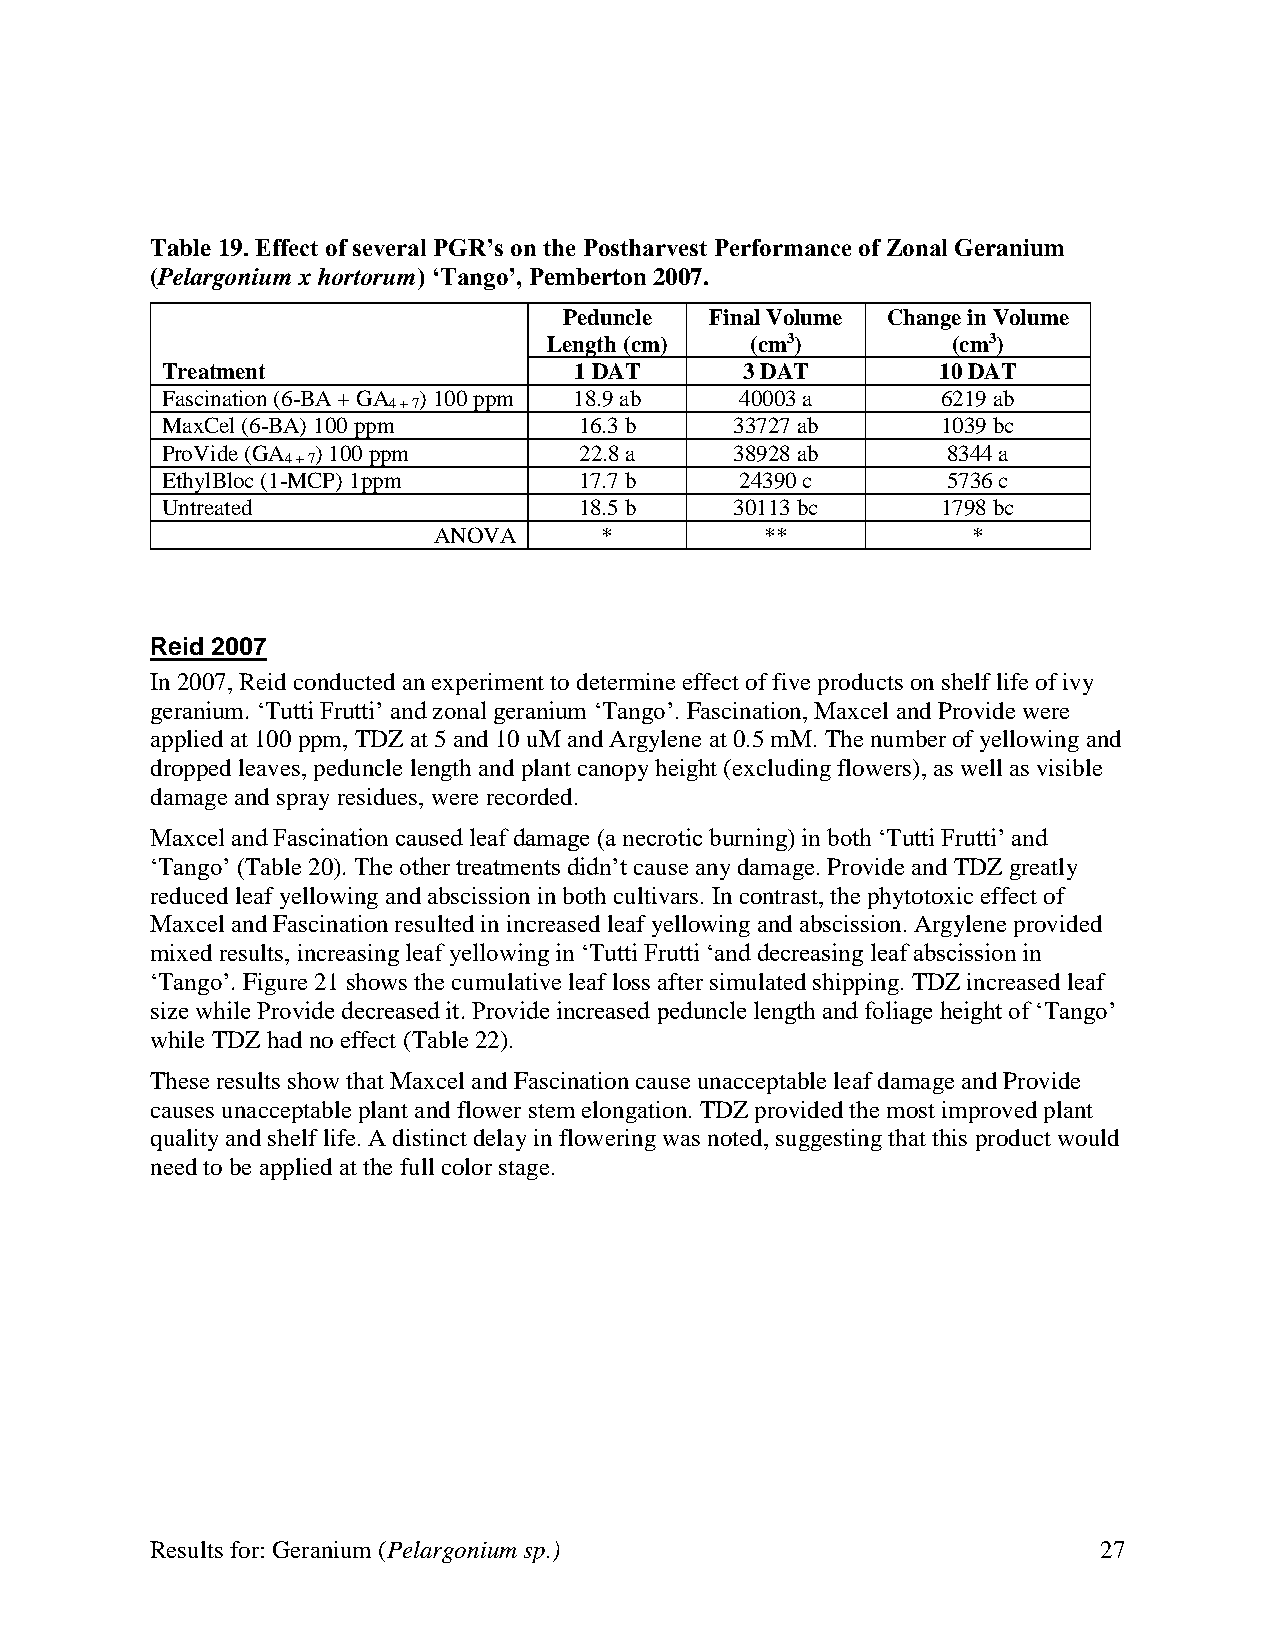
Table 19. Effect of several PGR’s on the Postharvest Performance of Zonal Geranium
 (Pelargonium x hortorum) ‘Tango’, Pemberton 2007.
 Peduncle  Final Volume Change in Volume
 Length (cm)   (cm3)        (cm3)
 Treatment                  1 DAT      3 DAT        10 DAT
 Fascination (6-BA + GA ) 100 ppm 18.9 ab 40003 a   6219 ab
 4 + 7
 MaxCel (6-BA) 100 ppm      16.3 b     33727 ab     1039 bc
 ProVide (GA ) 100 ppm      22.8 a     38928 ab      8344 a
 4 + 7
 EthylBloc (1-MCP) 1ppm     17.7 b     24390 c       5736 c
 Untreated                  18.5 b     30113 bc     1798 bc
 ANOVA      *          **           *
 Reid 2007
 In 2007, Reid conducted an experiment to determine effect of five products on shelf life of ivy
 geranium. ‘Tutti Frutti’ and zonal geranium ‘Tango’. Fascination, Maxcel and Provide were
 applied at 100 ppm, TDZ at 5 and 10 uM and Argylene at 0.5 mM. The number of yellowing and
 dropped leaves, peduncle length and plant canopy height (excluding flowers), as well as visible
 damage and spray residues, were recorded.
 Maxcel and Fascination caused leaf damage (a necrotic burning) in both ‘Tutti Frutti’ and
 ‘Tango’ (Table 20). The other treatments didn’t cause any damage. Provide and TDZ greatly
 reduced leaf yellowing and abscission in both cultivars. In contrast, the phytotoxic effect of
 Maxcel and Fascination resulted in increased leaf yellowing and abscission. Argylene provided
 mixed results, increasing leaf yellowing in ‘Tutti Frutti ‘and decreasing leaf abscission in
 ‘Tango’. Figure 21 shows the cumulative leaf loss after simulated shipping. TDZ increased leaf
 size while Provide decreased it. Provide increased peduncle length and foliage height of ‘Tango’
 while TDZ had no effect (Table 22).
 These results show that Maxcel and Fascination cause unacceptable leaf damage and Provide
 causes unacceptable plant and flower stem elongation. TDZ provided the most improved plant
 quality and shelf life. A distinct delay in flowering was noted, suggesting that this product would
 need to be applied at the full color stage.
 Results for: Geranium (Pelargonium sp.)                        27